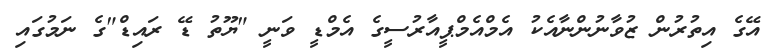
އޭގެ އިތުރުން ޒުވާނުންނާއެކު އެމްއެމްޕީއާރުސީގެ އެމްޑީ ވަނީ "ޔޫތު ޑޭ ރައިޑް"ގެ ނަމުގައި